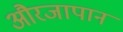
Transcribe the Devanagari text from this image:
औरजापान